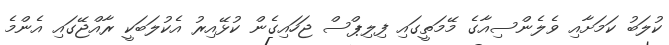
ކުލަބު ކަމަށާއި ވެލެންސިއާގެ މޭމަތީގައި ފިލިޕްސް ޖަހައިގެން ކުޅޭއިރު އެކުލަބަކީ ރާއްޖޭގައި އެންމެ